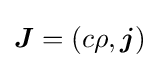
{\boldsymbol {J}}=(c\rho ,{\boldsymbol {j}})